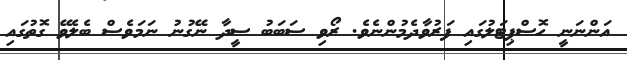
އަންނަނީ ހޮސްޕިޓަލުގައި ފަރުވާދެމުންނެވެ. ރޯވި ސަބަބު ސީދާ ނޭގުނު ނަމަވެސް ބެލެވޭ ގޮތުގައި